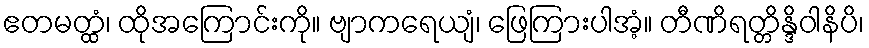
ဧတမတ္ထံ၊ ထိုအကြောင်းကို။ ဗျာကရေယျံ၊ ဖြေကြားပါအံ့။ တီဏိရတ္တိန္ဒိဝါနိပိ၊